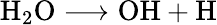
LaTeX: \mathrm{H}_{2}\mathrm{O}\longrightarrow\mathrm{OH}+\mathrm{H}